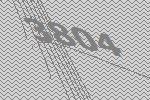
3804